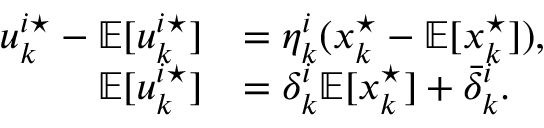
\begin{array} { r l } { u _ { k } ^ { i \star } - \mathbb { E } [ u _ { k } ^ { i \star } ] } & { = \eta _ { k } ^ { i } ( x _ { k } ^ { \star } - \mathbb { E } [ x _ { k } ^ { \star } ] ) , } \\ { \mathbb { E } [ u _ { k } ^ { i \star } ] } & { = \delta _ { k } ^ { i } \mathbb { E } [ x _ { k } ^ { \star } ] + \bar { \delta } _ { k } ^ { i } . } \end{array}